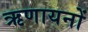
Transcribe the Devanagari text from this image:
ऋणायनों